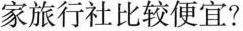
家旅行社比较便宜?